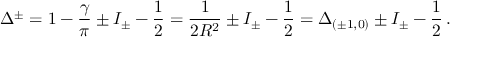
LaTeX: \Delta ^ { \pm } = 1 - \frac { \gamma } { \pi } \pm I _ { \pm } - \frac { 1 } { 2 } = \frac { 1 } { 2 R ^ { 2 } } \pm I _ { \pm } - \frac { 1 } { 2 } = \Delta _ { ( \pm 1 , 0 ) } \pm I _ { \pm } - \frac { 1 } { 2 } \, .